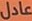
عادل